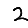
Digit: 2